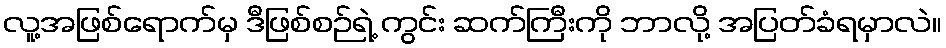
လူ့အဖြစ်ရောက်မှ ဒီဖြစ်စဉ်ရဲ့ ကွင်း ဆက်ကြီးကို ဘာလို့ အပြတ်ခံရမှာလဲ။